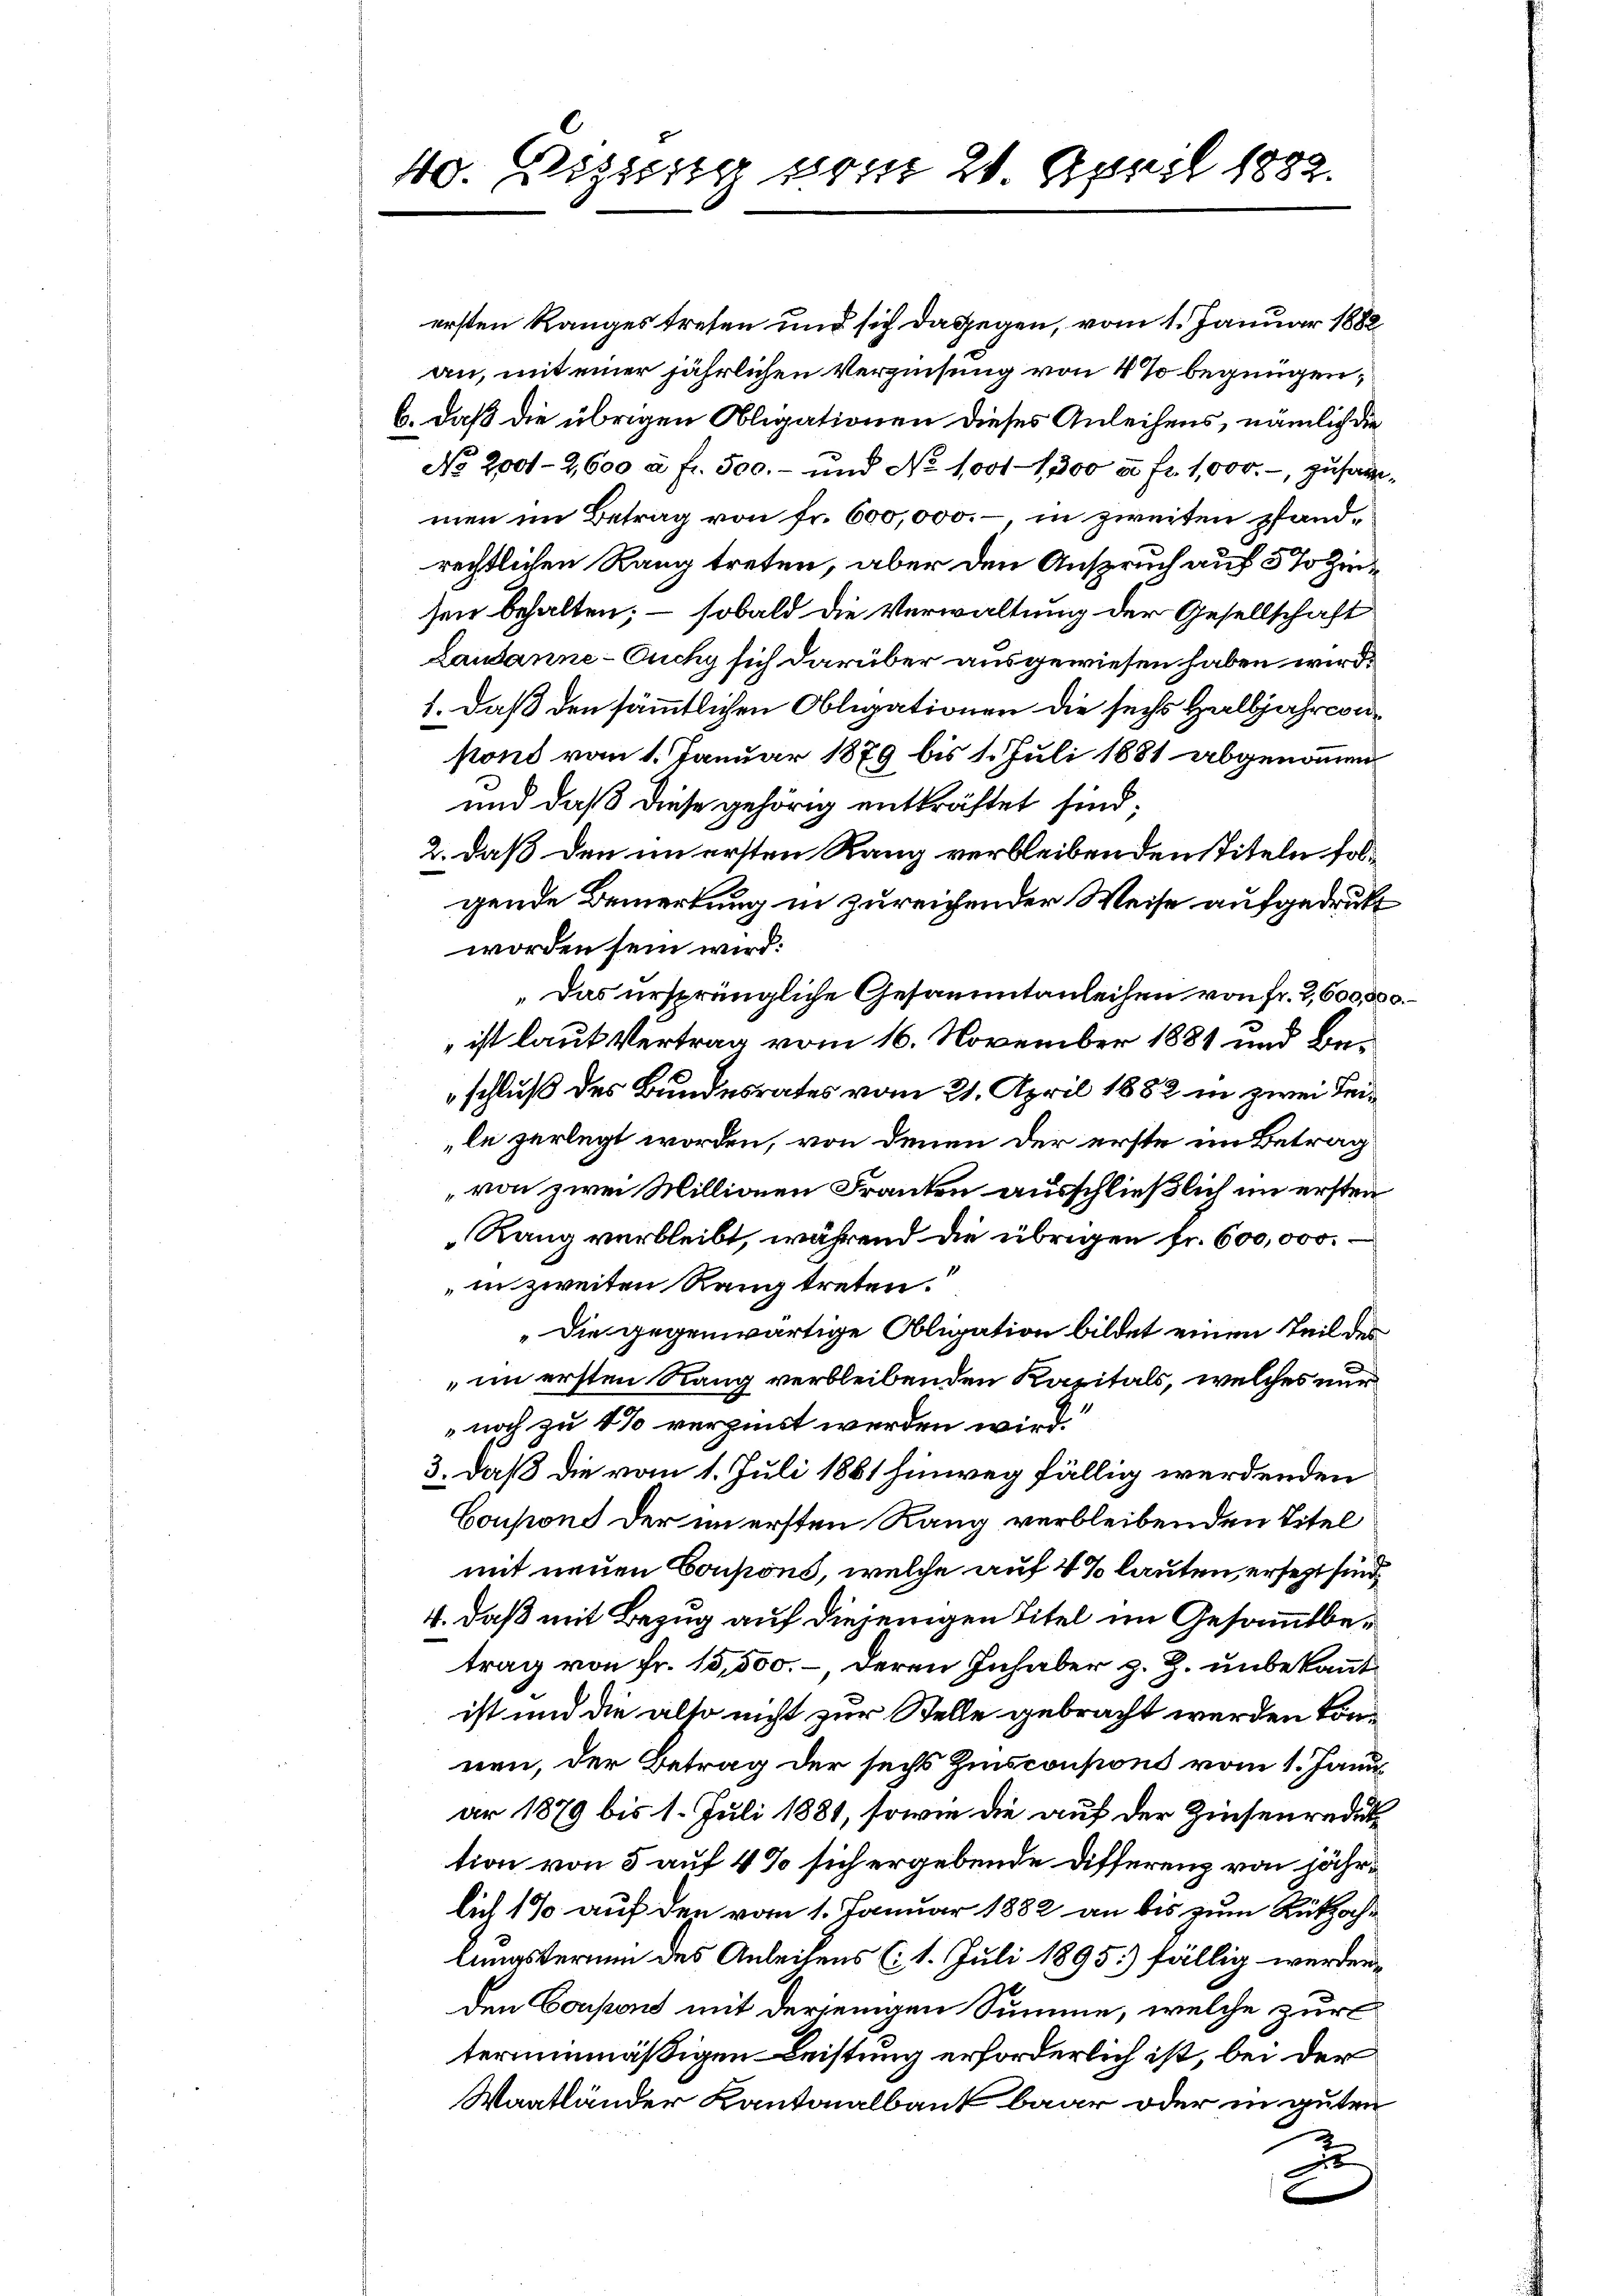
40. Eizung vom 21. April 1882.

ersten Rangestreten und sich dagegen, vom 1. Januar 1882
an, mit einer jährlichen Verzinsung von 4 % begnügen,
b. daß die übrigen Obligationen dieses Anleihens, nämlich die
No 2001-2,600 à fr. 500.- und No 1001-1300 c. fr. 1,000.-, zusammen im Betrag von Fr. 600,000.-, in zweiten pfandrechtlichen Rang treten, aber den Anspruch auf 5 % Zinsen behalten; – sobald die Verwaltung der Gesellschaft
Lausanne - Ouchy sich darüber ausgewiesen haben wird.
1. daß den sämmtlichen Obligationen die sechs Halbjahrcipond vom 1. Januar 1879 bis 1. Juli 1881 abgenommen
und daß diese gehörig entkräftet sind;
2. daß den im ersten Rang verbleibenden Titeln folgende Bemerkung in zureichender Weise aufgedrukt
worden sein wird:
Das ursprüngliche Gesammtanleihen von Fr. 2,600,000.
 ist laut Vertrag vom 16. November 1881 und Beschluß des Bundesrates vom 21. April 1882 in zwei Leile zerlegt worden, von denen der erste im Betrag
von zwei Millionen Franken ausschließlich im ersten
Rang verbleibt, während die übrigen Fr. 600,000.
in zweiten Rang treten.
„Die gegenwärtige Obligation bildet einen Teil des
im ersten Rang verbleibenden Kapitals, welches nur
noch zu 4% verzinst werden wird.
3. daß die vom 1. Juli 1861 hinweg fällig werdenden
Coupons der im ersten Rang verbleibenden Titel
mit neuen Coupons, welche auf 4 % lauten, ersetzt sind,
4. daß mit Bezug auf diejenigen Titel im Gesammtbetrag von Fr. 15,500.-, deren Inhaber z. Z. unbekannt
ist und die also nicht zur Stelle gebracht werden können, der Betrag der sechs Zinsconpons vom 1. Janus
ar 1879 bis 1. Juli 1881, sowie die auf der Zinsen reduttion von 5 auf 4 % sich ergebende Differenz von jährlich 170 auf den vom 1. Januar 1882 an bis zum Rükzochlinasterium des Anleihens (: 1. Juli 1895) fällig werden,
den Coupons mit derjenigen Summe, welche zur
teriunmäßigen Leistung erforderlich ist, bei der
Wantländer Kantonalbank baar oder in guten
2